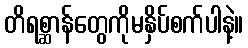
တိရစ္ဆာန်တွေကိုမနှိပ်စက်ပါနဲ့။